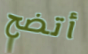
أتضح